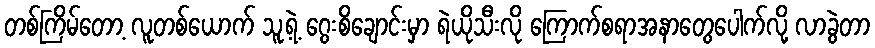
တစ်ကြိမ်တော့ လူတစ်ယောက် သူ့ရဲ့ ဂွေးစိချောင်းမှာ ရဲယိုသီးလို ကြောက်စရာအနာတွေပေါက်လို့ လာခွဲတာ